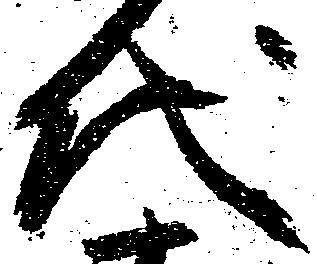
代